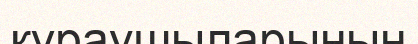
құраушыларының